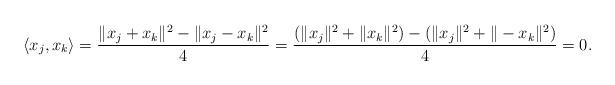
LaTeX: \begin{align*}\langle x_j, x_k \rangle =\frac{\|x_j+x_k\|^2-\|x_j-x_k\|^2}{4}=\frac{(\|x_j\|^2+\|x_k\|^2)-(\|x_j\|^2+\|-x_k\|^2)}{4}=0.\end{align*}